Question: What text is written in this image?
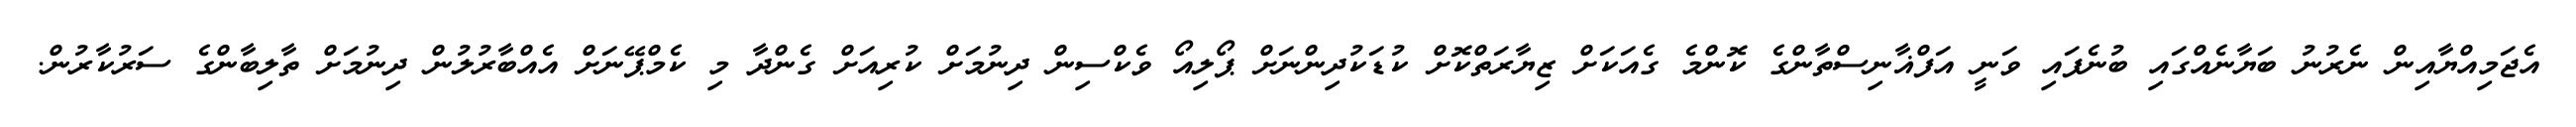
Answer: އެޖަމިއްޔާއިން ނެރުނު ބަޔާނެއްގައި ބުނެފައި ވަނީ އަފްޣާނިސްތާންގެ ކޮންމެ ގެއަކަށް ޒިޔާރަތްކޮށް ކުޑަކުދިންނަށް ޕޯލިއޯ ވެކްސިން ދިނުމަށް ކުރިއަށް ގެންދާ މި ކެމްޕޭނަށް އެއްބާރުލުން ދިނުމަށް ތާލިބާންގެ ސަރުކާރުން.